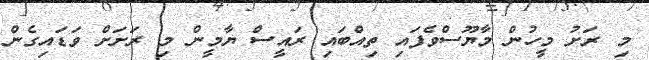
މި ރަށު މީހުން މާޔޫސްވެފައި ތިއްބައި ރައީސް ޔާމީން މި ރަށަށް ވަޑައިގެން